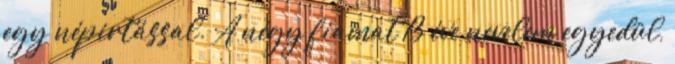
egy népirtással. A négy fiamat 13 éve nevelem egyedül,